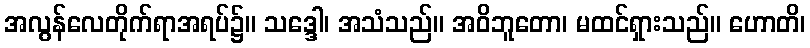
အလွန်လေတိုက်ရာအရပ်၌။ သဒ္ဒေါ၊ အသံသည်။ အဝိဘူတော၊ မထင်ရှားသည်။ ဟောတိ၊